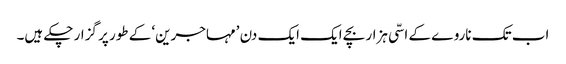
اب تک ناروے کے اسّی ہزار بچے ایک ایک دن ’مہاجرین‘ کے طور پر گزار چکے ہیں۔